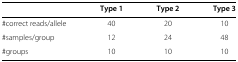
<table><thead><tr><td></td><td><b>Type 1</b></td><td><b>Type 2</b></td><td><b>Type 3</b></td></tr></thead><tbody><tr><td>#correct reads/allele</td><td>40</td><td>20</td><td>10</td></tr><tr><td>#samples/group</td><td>12</td><td>24</td><td>48</td></tr><tr><td>#groups</td><td>10</td><td>10</td><td>10</td></tr></tbody></table>